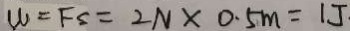
W = F S = 2 N \times 0 . 5 m = 1 J